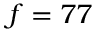
f = 7 7